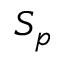
S _ { p }